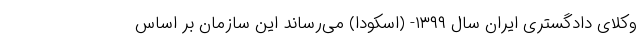
وکلای دادگستری ایران سال ۱۳۹۹- (اسکودا) می‌رساند این سازمان بر اساس